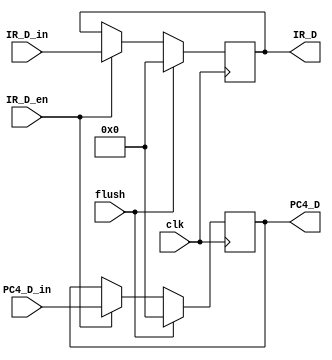
 module IF_ID(clk,flush,IR_D_en,PC4_D_in,IR_D_in,PC4_D,IR_D);
   parameter WIDTH=32;
   input clk;
   input flush;
   input IR_D_en;//enable sign
   input [WIDTH-1:0] PC4_D_in,IR_D_in;//IF input pc+4 and instraction
   output [WIDTH-1:0] PC4_D,IR_D;//to ID pc+4 and instraction
   
 //IF/ID register
  reg [WIDTH-1:0]  PC4;
  reg [WIDTH-1:0]  IR;
  
  always@(posedge clk)
   begin
     if(!flush)
       begin
      if(IR_D_en)
       begin
         PC4<=PC4_D_in;
         IR<=IR_D_in;
       end 
     end
   else
     begin
       PC4<=0;
       IR<=0;
     end
   end
   
  assign  PC4_D=PC4;
  assign  IR_D=IR;
 endmodule